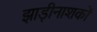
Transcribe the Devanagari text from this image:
झाड़ीनाशकों